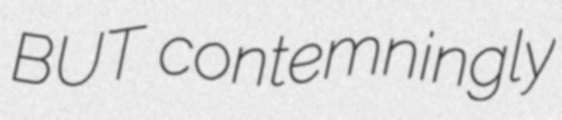
BUT contemningly